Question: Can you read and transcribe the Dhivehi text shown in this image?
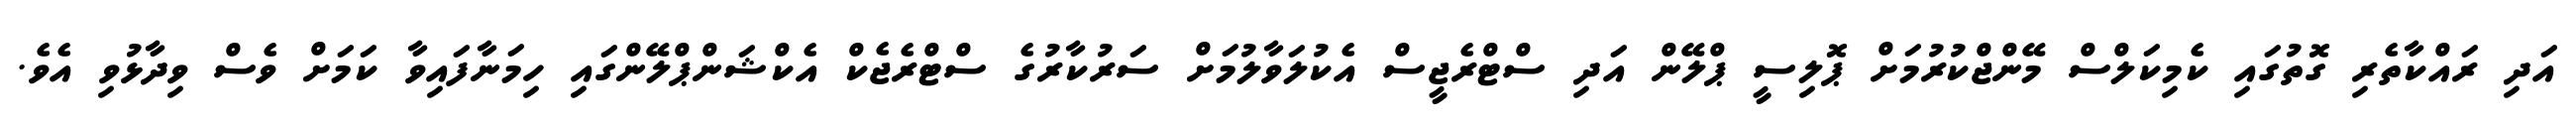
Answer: އަދި ރައްކާތެރި ގޮތުގައި ކެމިކަލްސް މޭންޖްކުރުމަށް ޕޮލިސީ ޕްލޭން އަދި ސްޓްރެޖީސް އެކުލަވާލުމަށް ސަރުކާރުގެ ސްޓްރެޖެކް އެކްޝަންޕްލޭންގައި ހިމަނާފައިވާ ކަމަށް ވެސް ވިދާޅުވި އެވެ.